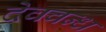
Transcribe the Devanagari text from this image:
देववन्ध